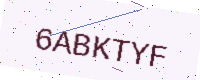
Text: 6ABKTYF